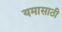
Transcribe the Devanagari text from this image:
यमासाठी